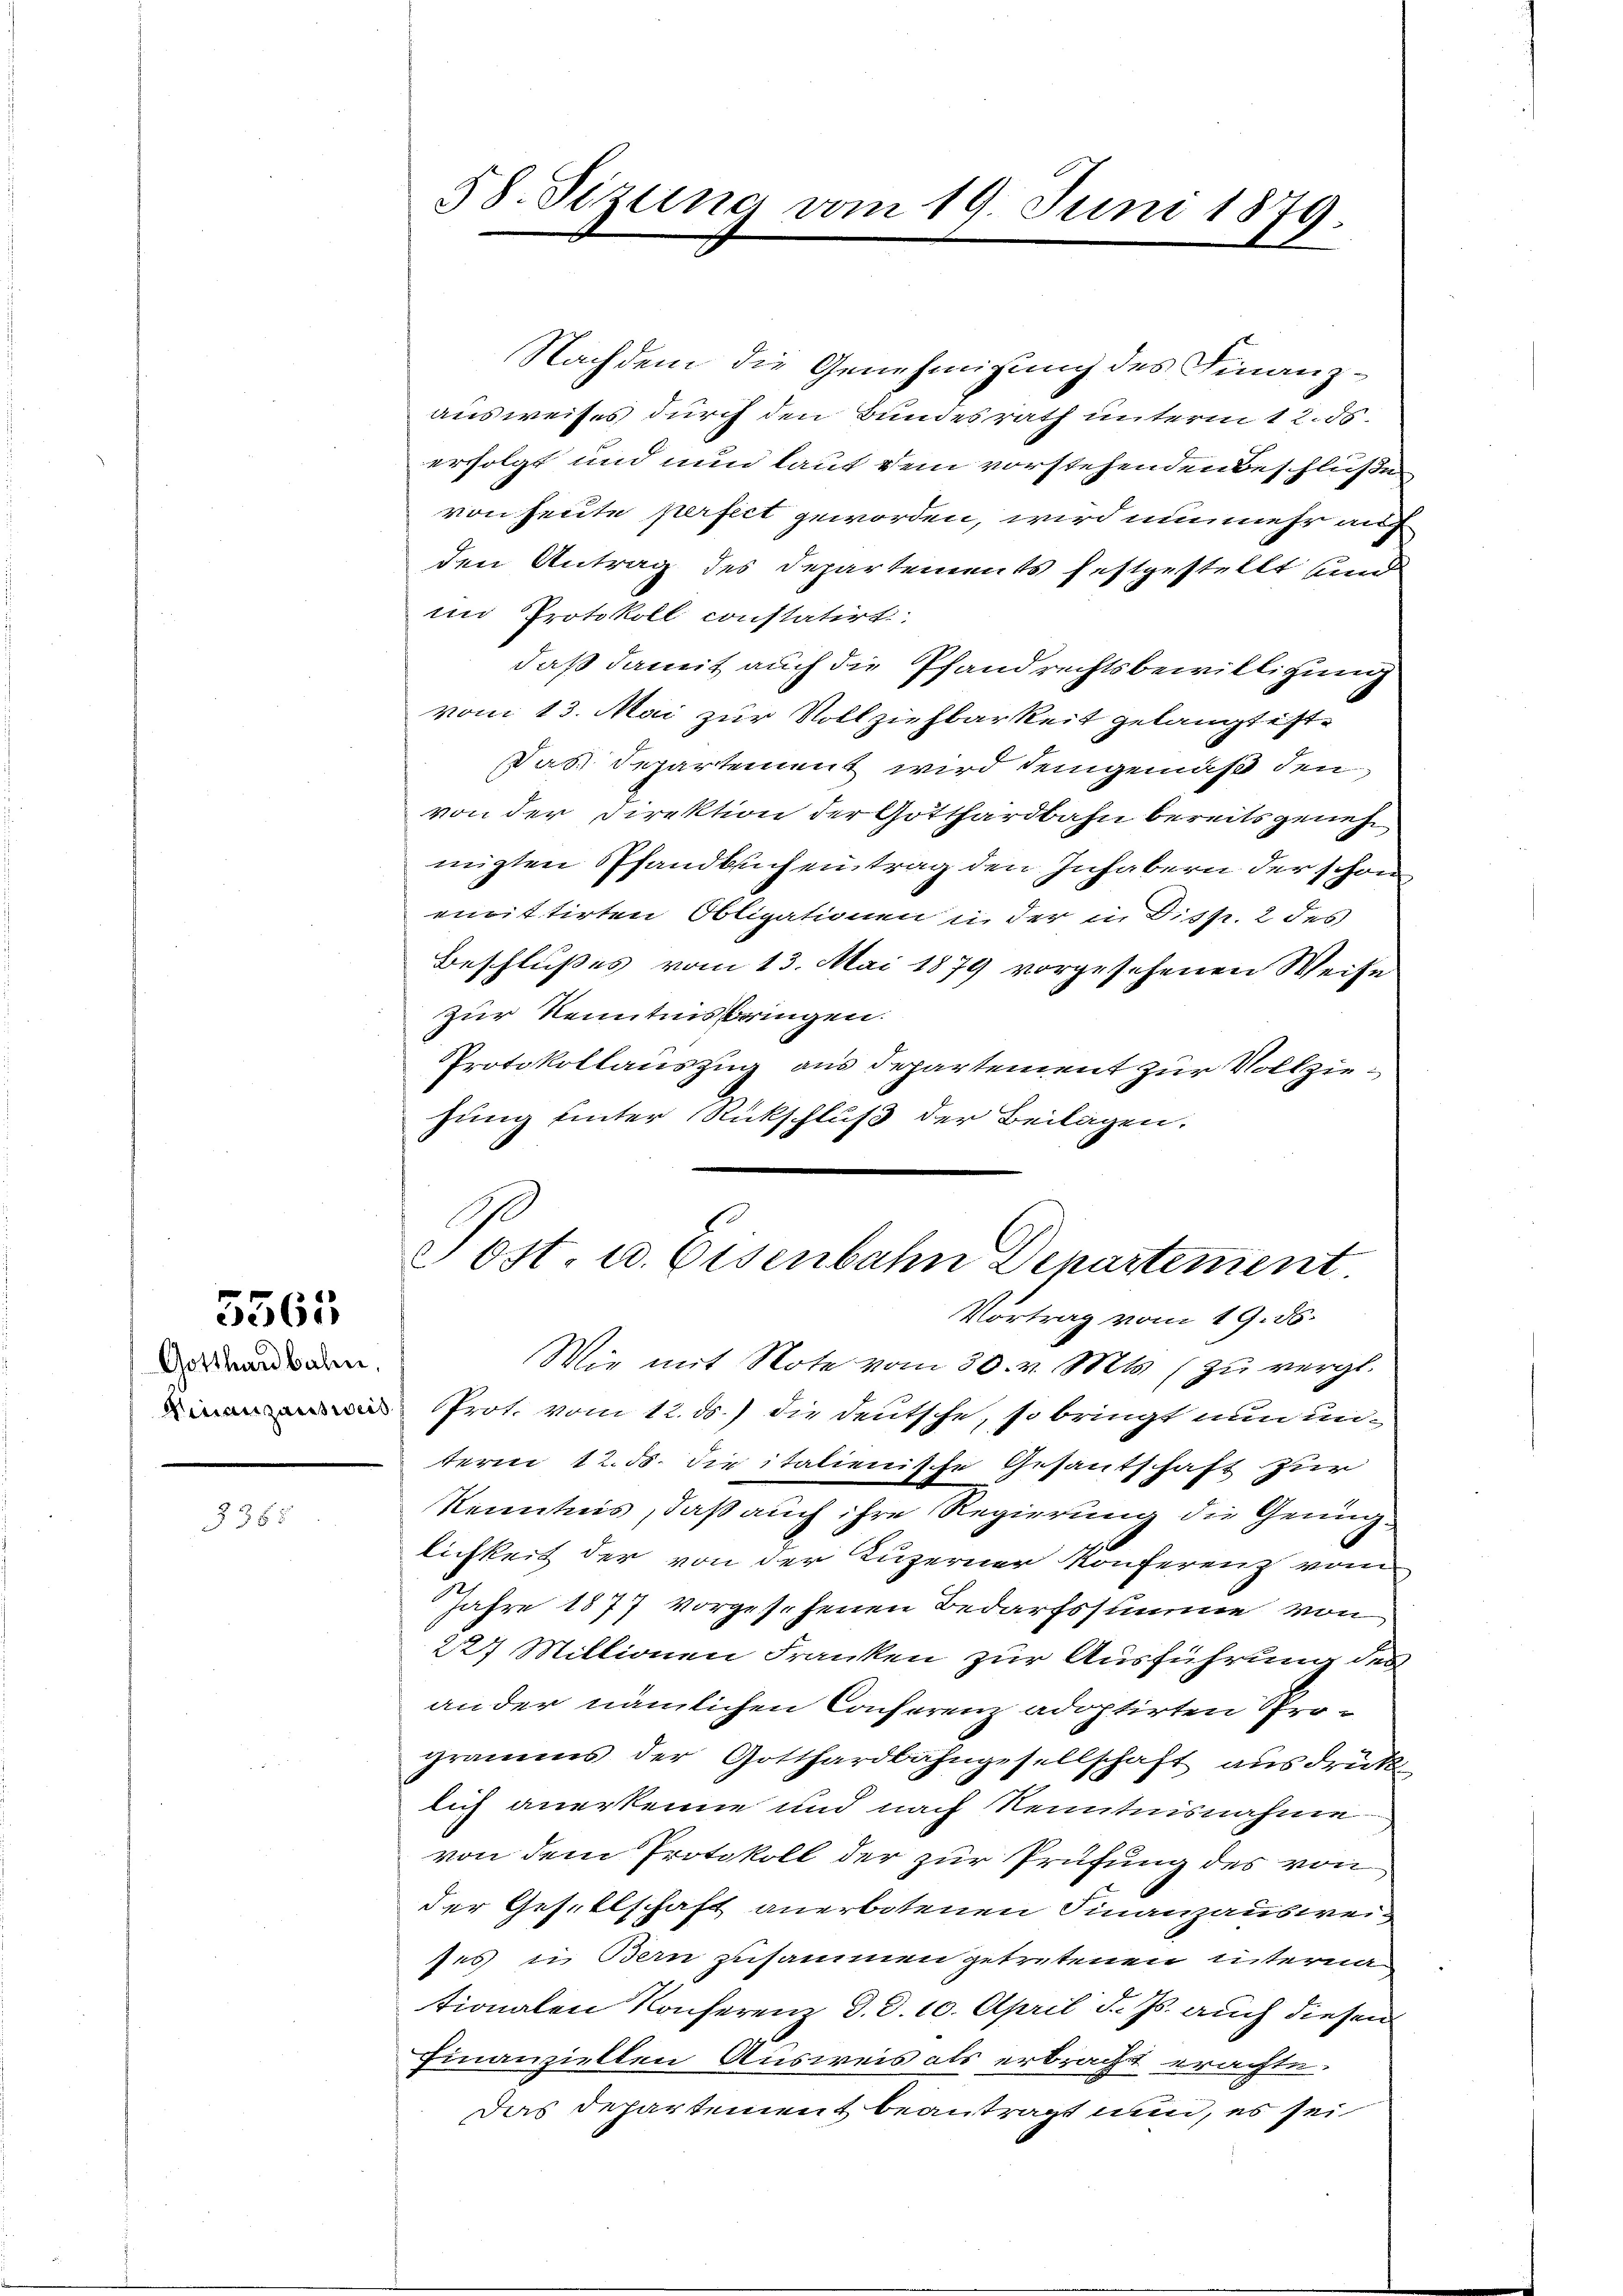
5563

Gotthardbahn,

3385

Nachdem die Genehmigung des Finanzausweises durch den Bundesrath unterm 12. ds.
erfolgt und nun laut dem vorstehenden Beschlüße
von heute perfict geworden, wird nunmehr auff
den Antrag des Departements festgestellt sind
im Protokoll constatirt
daß damit auch die Pfandrechtsbewilligung
vom 13. Mai zur Vollziehbarkeit gelangt ist.
Das Departement wird demgemäß den
von der Direktion der Gotthardbahn bereits geneh
migten Pfandbuch eintrag den Inhabern der schon
emittirten Obligationen in der in Disp. 2 des
Beschlußes vom 13. Mai 1879 vorgesehenen Weise
zur Kenntnis bringen.
Protokollauszug aus Departement zur Vollziehung hinter Rückschluß der Beilagen.

58. Sizung vom 19. Juni 1879.

Post. u. Eisenbahn Departement.
Vortrag vom 19. 86.
Wie mit Note vom 30. v. Mts. (zu vergl.

d Prot. vom 12. ds.) die deutsche, so bringt nun un-
term 12. ds. die italienische Gesantschaft zur
Kenntnis, daß auch ihre Regierung die Genüg
lichkeit der von der Luzerner Konferenz vom
Jahre 1877 vorgesehenen Bedarfssumme von
224 Millionen Franken zur Ausführung des
an der nämlichen Conferenz adoptirten Programms der Gotthardbahngesellschaft ausdrücklich anerkenne und nach Kenntnisnahme
von dem Protokoll der zur Prüfung des von
der Gesellschaft anerbotenen Finanzausweises in Bern zusammen getretenen interna
tionalen Konferenz d. d. 10. April d. Js. auch diesen
Finanziellen Ausweis als erbracht erachte.
Das Departement beantragt und, es sei